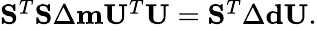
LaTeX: \begin{array}{r}{\mathbf{S}^{T}\mathbf{S}\Delta\mathbf{m}\mathbf{U}^{T}\mathbf{U}=\mathbf{S}^{T}\Delta\mathbf{d}\mathbf{U}.}\end{array}